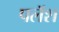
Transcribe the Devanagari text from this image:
पलॅश